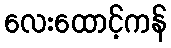
လေးထောင့်ကန်